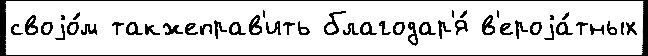
своjо́м такжеправ'ить благодар'я́ в'ероjа́тных